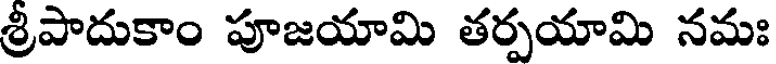
శ్రీపాదుకాం పూజయామి తర్పయామి నమః